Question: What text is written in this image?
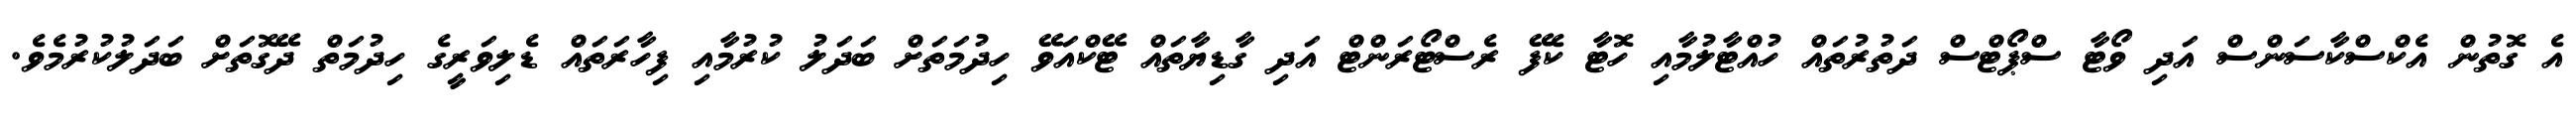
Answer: އެ ގޮތުން އެކްސްކާސަންސް އަދި ވޯޓާ ސްޕޯޓްސް ދަތުރުތައް ހުއްޓާލުމާއި ހޮޓާ ކެފޭ ރެސްޓޯރަންޓް އަދި ގާޑިޔާތައް ޓޭކްއަވޭ ހިދުމަތަށް ބަދަލު ކުރުމާއި ފިހާރަތައް ޑެލިވަރީގެ ހިދުމަތް ދޭގޮތަށް ބަދަލުކުރުމެވެ.